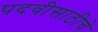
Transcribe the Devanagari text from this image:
पदवीसाठीचे